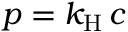
p = k _ { \mathrm { { H } } } \, c